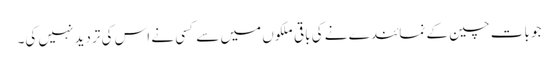
جو بات چین کے نمائندے نے کی باقی ملکوں میں سے کسی نے اس کی تردید نہیں کی۔